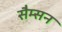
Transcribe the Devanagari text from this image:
सैम्सन